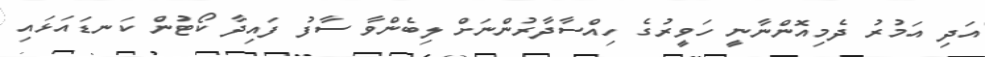
އަދި އަމުރު ދެމިއޮންނާނީ ހަވީރުގެ ހިއްސާދާރުންނަށް ލިބެންވާ ސާފު ފައިދާ ކޯޓުން ކަނޑައަޅައި